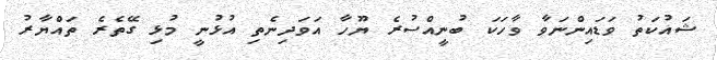
ޝައުކަތު ވަޑައިންނަވާ ވާހަކަ ބުނީއްސުރެ ޔޫހާ އަވަދިނެތި އުޅުނީ މުޅި ގޭތެރެ ތައްޔާރު